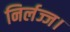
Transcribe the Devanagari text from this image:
निर्लज्ज।